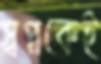
স্বপ্নকেই